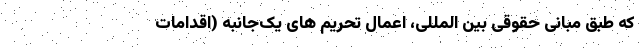
که طبق مبانی حقوقی بین المللی، اعمال تحریم های یک‌جانبه (اقدامات